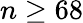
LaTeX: n\geq 68